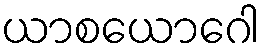
ယာစယောဂေါ